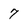
Character: 7